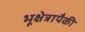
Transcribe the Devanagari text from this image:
भूक्षेत्रापैकी